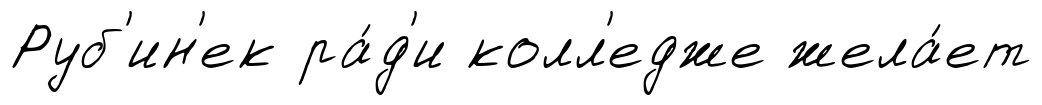
Руб'ин'ек ра́д'и колл'едже жела́ет